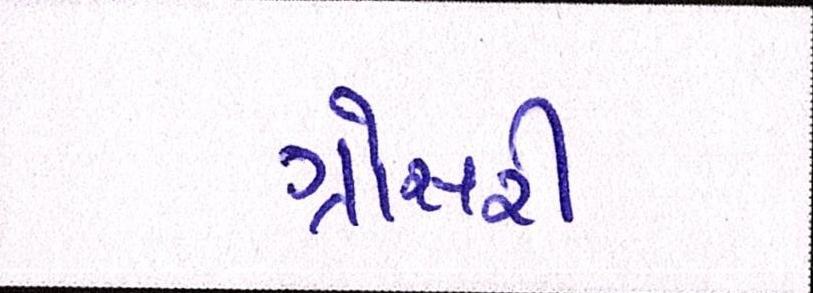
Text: ગ્રોસરી